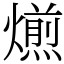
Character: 𤐄